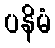
ပနိမံ